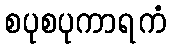
စပုစပုကာရကံ